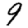
Digit: 9